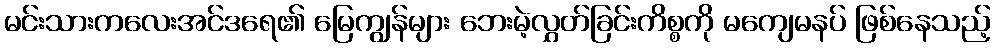
မင်းသားကလေးအင်ဒရေ၏ မြေကျွန်များ ဘေးမဲ့လွှတ်ခြင်းကိစ္စကို မကျေမနပ် ဖြစ်နေသည့်